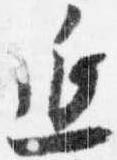
延